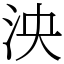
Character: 泱